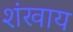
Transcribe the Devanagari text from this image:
शंखाय